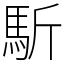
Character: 馸